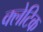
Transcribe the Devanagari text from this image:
क्लेटिक